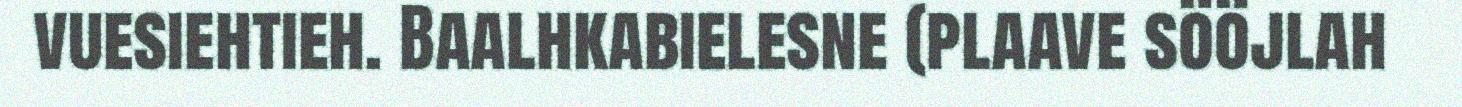
vuesiehtieh. Baalhkabielesne (plaave sööjlah